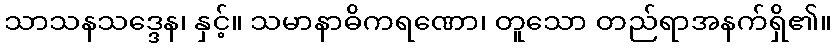
သာသနသဒ္ဒေန၊ နှင့်။ သမာနာဓိကရဏော၊ တူသော တည်ရာအနက်ရှိ၏။